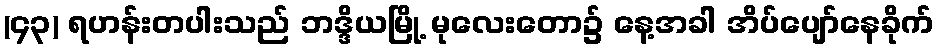
(၄၃) ရဟန်းတပါးသည် ဘဒ္ဒိယမြို့ မုလေးတော၌ နေ့အခါ အိပ်ပျော်နေခိုက်